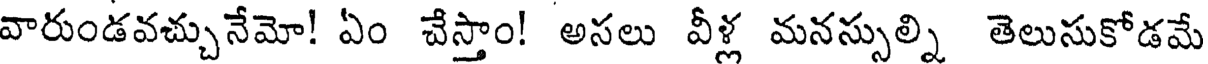
వారుండవచ్చునేమో! ఏం చేస్తాం! అసలు వీళ్ల మనస్సుల్ని తెలుసుకోడమే